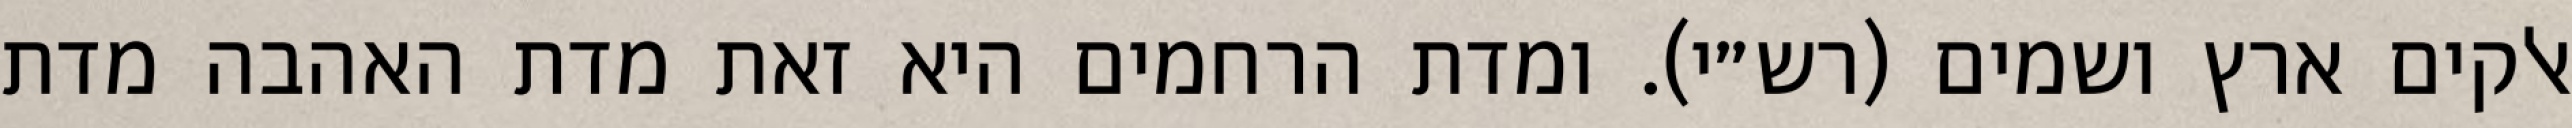
אלקים ארץ ושמים (רש״י). ומדת הרחמים היא זאת מדת האהבה מדת